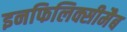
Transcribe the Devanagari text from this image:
इनफिलिक्सीमैब